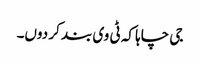
جی چاہا کہ ٹی وی بند کر دوں۔